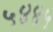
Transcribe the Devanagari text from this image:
५४४५